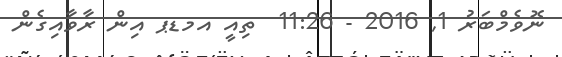
ނޮވެމްބަރު 1